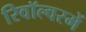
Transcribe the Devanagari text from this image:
रिवॉल्वरमें